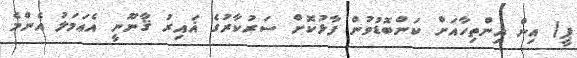
ޕީ) އިން އިންތިހާއަށް ކަންބޮޑުވުން ފާޅުކޮށް ސަރުކާރުގެ ޣައިރު ޤާނޫނީ އެޢަމަލު އެންމެ